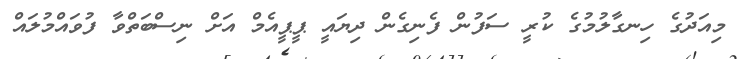
މިއަދުގެ ހިނގާލުމުގެ ކުރީ ސަފުން ފެނިގެން ދިޔައީ ޕީޕީއެމް އަށް ނިސްބަތްވާ ފުވައްމުލައް